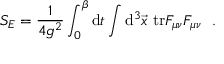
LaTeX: S _ { E } = { \frac { 1 } { 4 g ^ { 2 } } } \int _ { 0 } ^ { \beta } \mathrm { d } t \int \mathrm { d } ^ { 3 } \vec { x } ~ \mathrm { t r } F _ { \mu \nu } F _ { \mu \nu } ~ ~ .